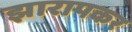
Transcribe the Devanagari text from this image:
झारापकर